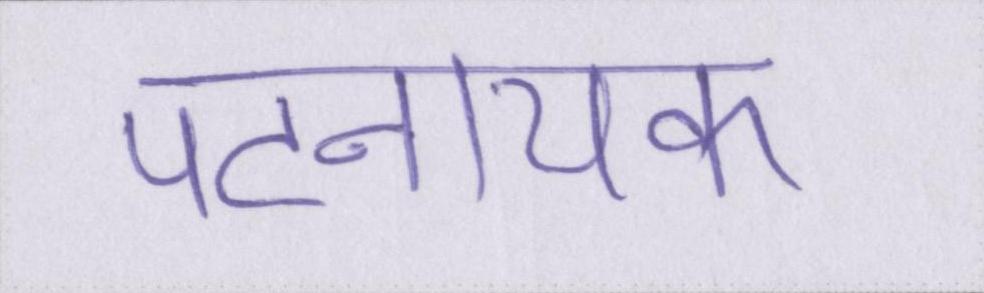
पटनायक